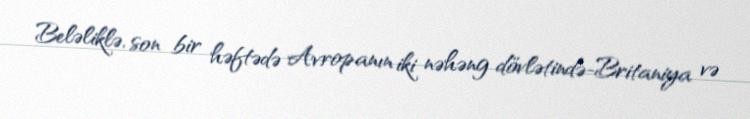
Beləliklə, son bir həftədə Avropanın iki nəhəng dövlətində-Britaniya və